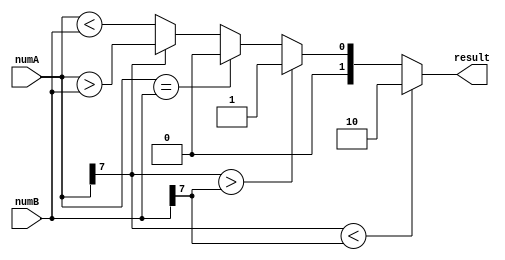
module signed_magnitude_comparator(
    input signed [7:0] numA,
    input signed [7:0] numB,
    output [1:0] result
);

assign result = (numA[7] < numB[7]) ? 2'b10 :
                (numA[7] > numB[7]) ? 2'b01 :
                (numA == numB) ? 2'b00 :
                (numA[7] == 0) ? (numA < numB) : (numA > numB);

endmodule